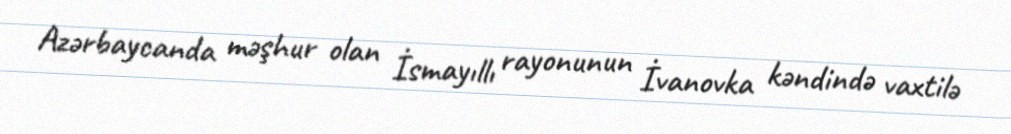
Azərbaycanda məşhur olan İsmayıllı rayonunun İvanovka kəndində vaxtilə